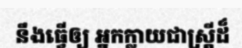
នឹងធ្វើឲ្យ អ្នកក្លាយជាស្ត្រីដ៏